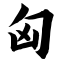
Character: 匈